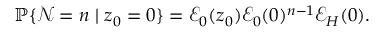
\mathbb { P } \{ \mathcal { N } = n \mid z _ { 0 } = 0 \} = \mathcal { E } _ { 0 } ( z _ { 0 } ) \mathcal { E } _ { 0 } ( 0 ) ^ { n - 1 } \mathcal { E } _ { H } ( 0 ) .